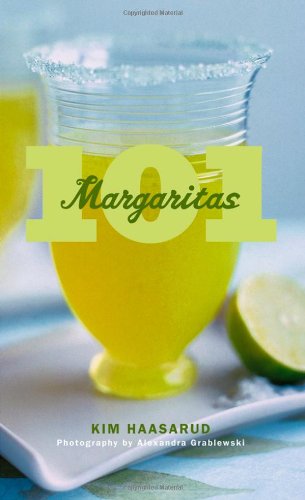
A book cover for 101 Margaritas; Kim Haasarud; Cookbooks, Food & Wine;